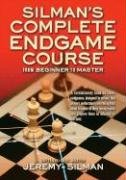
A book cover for Silman's Complete Endgame Course: From Beginner To Master; Jeremy Silman; Humor & Entertainment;